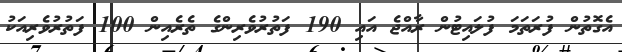
އެގޮތުން ފުރަތަމަ ފުލައިޓުން ރާއްޖެ އައި 190 ފަތުރުވެރިންގެ ތެރެއިން 100 ފަތުރުވެރިއަކު